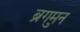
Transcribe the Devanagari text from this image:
ब्रुगमन